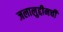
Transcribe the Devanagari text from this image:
जलालुद्दीनची